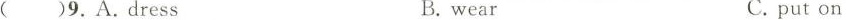
()9.A.Dress B.wear C.put on